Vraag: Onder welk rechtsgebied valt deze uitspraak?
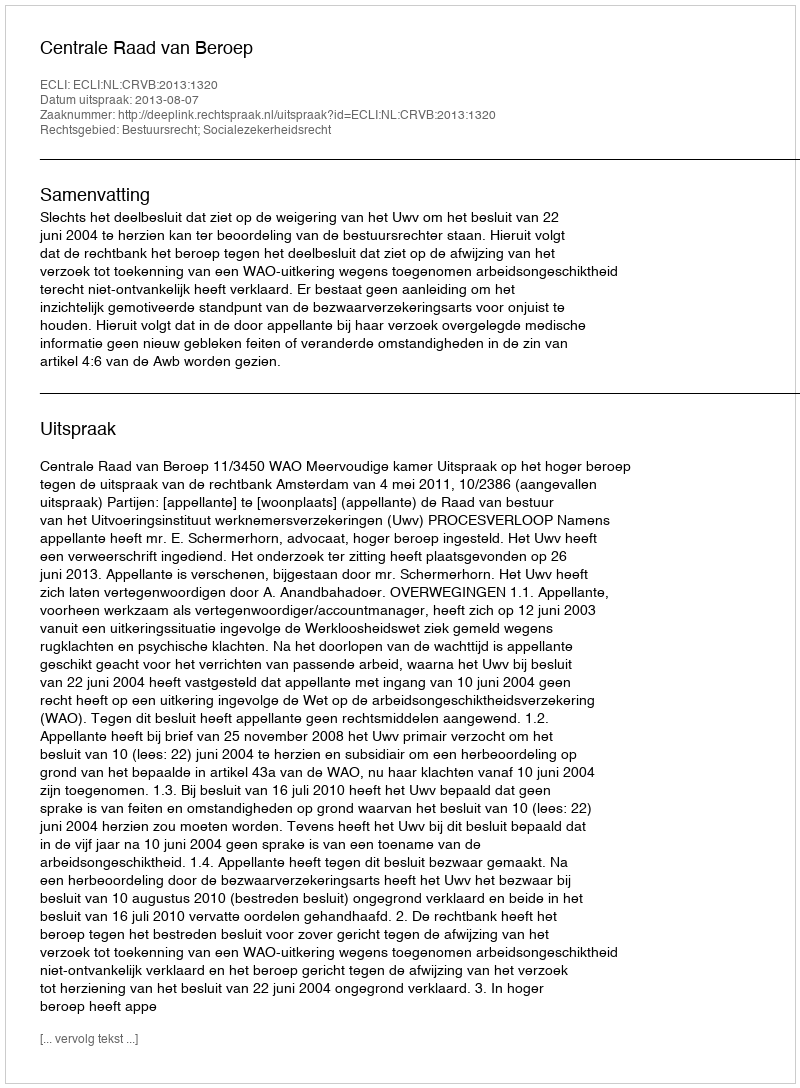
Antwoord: Bestuursrecht; Socialezekerheidsrecht